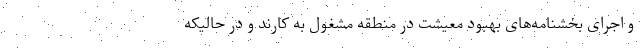
و اجرای بخشنامه‌های بهبود معیشت در منطقه مشغول به کارند و در حالیکه